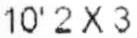
10'2X3